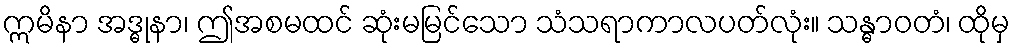
ဣမိနာ အဒ္ဓုနာ၊ ဤအစမထင် ဆုံးမမြင်သော သံသရာကာလပတ်လုံး။ သန္ဓာဝတံ၊ ထိုမှ